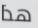
هذا